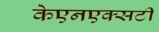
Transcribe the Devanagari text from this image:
केएनएक्सटी